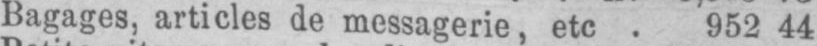
Bagages, articles de messagerie, etc. 952 44